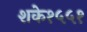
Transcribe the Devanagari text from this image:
शके१५५१